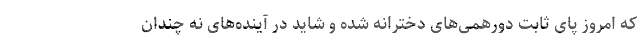
که امروز پای ثابت دورهمی‌های دخترانه شده و شاید در آینده‌های نه چندان